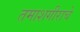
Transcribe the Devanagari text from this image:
तमाशगीराचे